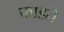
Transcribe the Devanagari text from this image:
फाडते